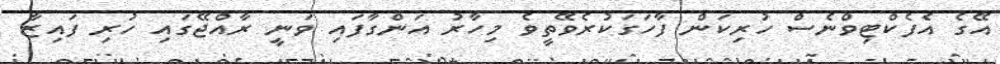
އޭގެ އެފެކްޓިވްނެސް ހުރިކަން ފާހަގަކުރެވޭތީީވެ މިހާރު އަންގާފައި ވަނީ ރާއްޖޭގައި ހުރި ފައިޒާ